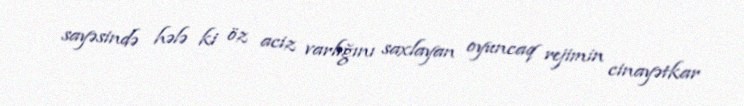
sayəsində hələ ki öz aciz varlığını saxlayan oyuncaq rejimin cinayətkar